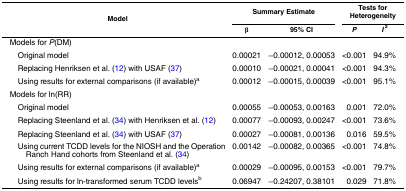
<table><thead><tr><td rowspan="2"><b>Model</b></td><td colspan="2"><b>Summary Estimate</b></td><td colspan="2"><b>Tests for Heterogeneity</b></td></tr><tr><td><b>β</b></td><td><b>95% CI</b></td><td><b><i>P</i></b></td><td><b><i>I</i><sup>2</sup></b></td></tr></thead><tbody><tr><td>Models for <i>P</i>(DM)</td><td></td><td></td><td></td><td></td></tr><tr><td> Original model</td><td>0.00021</td><td>−0.00012, 0.00053</td><td>&lt;0.001</td><td>94.9%</td></tr><tr><td> Replacing Henriksen et al. (12) with USAF (37)</td><td>0.00010</td><td>−0.00021, 0.00041</td><td>&lt;0.001</td><td>94.3%</td></tr><tr><td> Using results for external comparisons (if available)<sup>a</sup></td><td>0.00012</td><td>−0.00015, 0.00039</td><td>&lt;0.001</td><td>95.1%</td></tr><tr><td>Models for ln(RR)</td><td></td><td></td><td></td><td></td></tr><tr><td> Original model</td><td>0.00055</td><td>−0.00053, 0.00163</td><td>0.001</td><td>72.0%</td></tr><tr><td> Replacing Steenland et al. (34) with Henriksen et al. (12)</td><td>0.00077</td><td>−0.00093, 0.00247</td><td>&lt;0.001</td><td>73.6%</td></tr><tr><td> Replacing Steenland et al. (34) with USAF (37)</td><td>0.00027</td><td>−0.00081, 0.00136</td><td>0.016</td><td>59.5%</td></tr><tr><td> Using current TCDD levels for the NIOSH and the Operation Ranch Hand cohorts from Steenland et al. (34)</td><td>0.00142</td><td>−0.00082, 0.00365</td><td>&lt;0.001</td><td>74.8%</td></tr><tr><td> Using results for external comparisons (if available)<sup>a</sup></td><td>0.00029</td><td>−0.00095, 0.00153</td><td>&lt;0.001</td><td>79.7%</td></tr><tr><td> Using results for ln-transformed serum TCDD levels<sup>b</sup></td><td>0.06947</td><td>−0.24207, 0.38101</td><td>0.029</td><td>71.8%</td></tr></tbody></table>